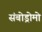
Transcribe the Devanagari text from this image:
संबोड्रोमो